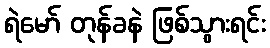
ရဲမော် တုန်ခနဲ ဖြစ်သွားရင်း